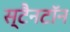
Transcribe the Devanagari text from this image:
स्टैनटॉन